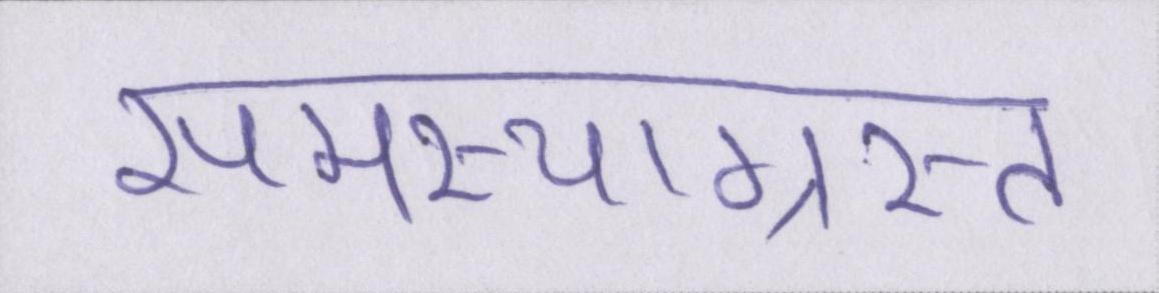
समस्याग्रस्त